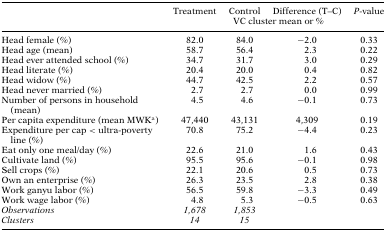
<table><thead><tr><td></td><td><b>Treatment</b></td><td><b>Control</b></td><td><b>Difference (T–C)</b></td><td><b><i>P</i>‐value</b></td></tr><tr><td></td><td colspan="4"><b>VC cluster mean or %</b></td></tr></thead><tbody><tr><td>Head female (%)</td><td>82.0</td><td>84.0</td><td>−2.0</td><td>0.33</td></tr><tr><td>Head age (mean)</td><td>58.7</td><td>56.4</td><td>2.3</td><td>0.22</td></tr><tr><td>Head ever attended school (%)</td><td>34.7</td><td>31.7</td><td>3.0</td><td>0.29</td></tr><tr><td>Head literate (%)</td><td>20.4</td><td>20.0</td><td>0.4</td><td>0.82</td></tr><tr><td>Head widow (%)</td><td>44.7</td><td>42.5</td><td>2.2</td><td>0.57</td></tr><tr><td>Head never married (%)</td><td>2.7</td><td>2.7</td><td>0.0</td><td>0.99</td></tr><tr><td>Number of persons in household (mean)</td><td>4.5</td><td>4.6</td><td>−0.1</td><td>0.73</td></tr><tr><td>Per capita expenditure (mean MWKa)</td><td>47,440</td><td>43,131</td><td>4,309</td><td>0.19</td></tr><tr><td>Expenditure per cap &lt; ultra‐poverty line (%)</td><td>70.8</td><td>75.2</td><td>−4.4</td><td>0.23</td></tr><tr><td>Eat only one meal/day (%)</td><td>22.6</td><td>21.0</td><td>1.6</td><td>0.43</td></tr><tr><td>Cultivate land (%)</td><td>95.5</td><td>95.6</td><td>−0.1</td><td>0.98</td></tr><tr><td>Sell crops (%)</td><td>22.1</td><td>20.6</td><td>0.5</td><td>0.73</td></tr><tr><td>Own an enterprise (%)</td><td>26.3</td><td>23.5</td><td>2.8</td><td>0.38</td></tr><tr><td>Work ganyu labor (%)</td><td>56.5</td><td>59.8</td><td>−3.3</td><td>0.49</td></tr><tr><td>Work wage labor (%)</td><td>4.8</td><td>5.3</td><td>−0.5</td><td>0.63</td></tr><tr><td><i>Observations</i></td><td><i>1,678</i></td><td><i>1,853</i></td><td></td><td></td></tr><tr><td><i>Clusters</i></td><td><i>14</i></td><td><i>15</i></td><td></td><td></td></tr></tbody></table>